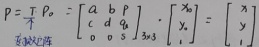
\[
P = \frac{T}{|T|} P_o =
\begin{bmatrix}
a & b & p \\
c & d & q \\
0 & 0 & 1
\end{bmatrix}_{3 \times 3} \cdot
\begin{bmatrix}
x_o \\
y_o \\
1
\end{bmatrix} =
\begin{bmatrix}
x \\
y \\
1
\end{bmatrix}
\]